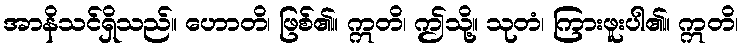
အာနိသင်ရှိသည်။ ဟောတိ၊ ဖြစ်၏။ ဣတိ၊ ဤသို့။ သုတံ၊ ကြားဖူးပါ၏။ ဣတိ၊